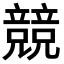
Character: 競